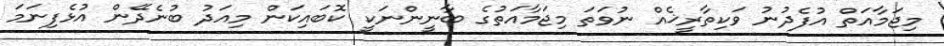
މިޖަމާއަތް އުފެދުނު ވަކިތާރީޚެއް ނުވަތަ މިޖަމާއަތުގެ ބާނީންނަކީ ކޮބައިކަން މިއަދު ބުނެދޭން އުޅެފިނަމަ